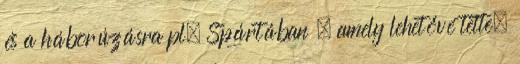
és a háborúzásra pl. Spártában , amely lehetővé tette,